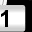
Digit: 1